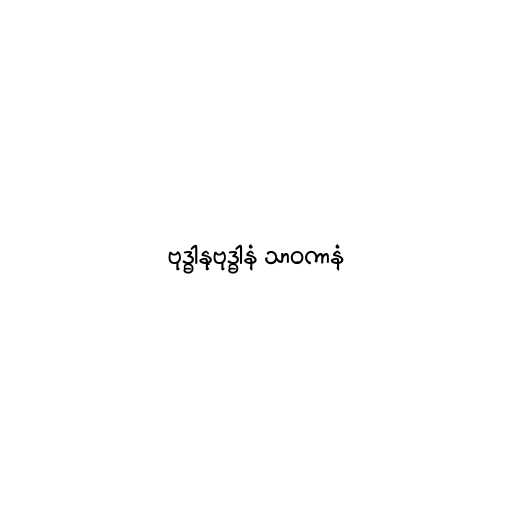
ဗုဒ္ဓါနုဗုဒ္ဓါနံ သာဝကာနံ